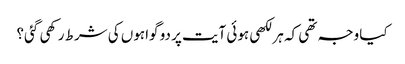
کیا وجہ تھی کہ ہر لکھی ہوئی آیت پر دو گواہوں کی شرط رکھی گئی؟